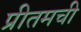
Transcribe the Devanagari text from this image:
प्रीतमची